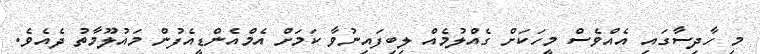
މި ހާދިސާގައި އެއްވެސް މީހަކަށް ގެއްލުމެއް ލިބިފައިނުވާ ކަމަށް އެމްއެންޑީއެފުން މައުލޫމާތު ދެއެވެ.